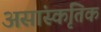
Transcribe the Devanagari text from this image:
असांस्कृतिक